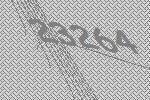
23264